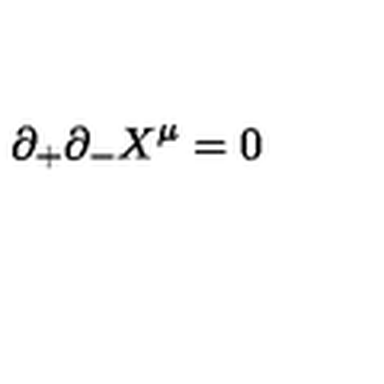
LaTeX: \partial _ { + } \partial _ { - } X ^ { \mu } = 0